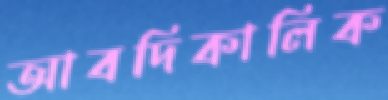
আবদিকালিক